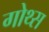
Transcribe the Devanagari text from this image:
गोथ्स